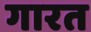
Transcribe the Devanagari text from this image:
गारत